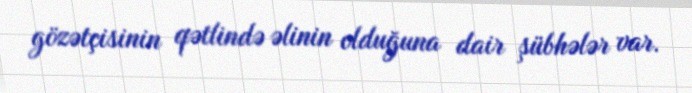
gözətçisinin qətlində əlinin olduğuna dair şübhələr var.